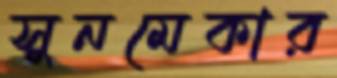
সুনমেকার